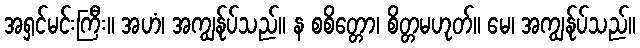
အရှင်မင်းကြီး။ အဟံ၊ အကျွန်ုပ်သည်။ န စစိတ္တော၊ စိတ္တမဟုတ်။ မေ၊ အကျွန်ုပ်သည်။